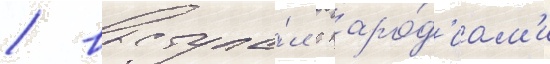
/ выступа́л с паро́д'иам'и